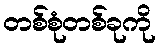
တစ်စုံတစ်ခုကို